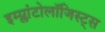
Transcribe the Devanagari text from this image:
इम्प्लांटोलॉजिस्ट्स